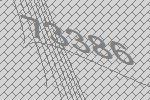
73386